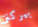
بيركنز